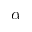
\alpha